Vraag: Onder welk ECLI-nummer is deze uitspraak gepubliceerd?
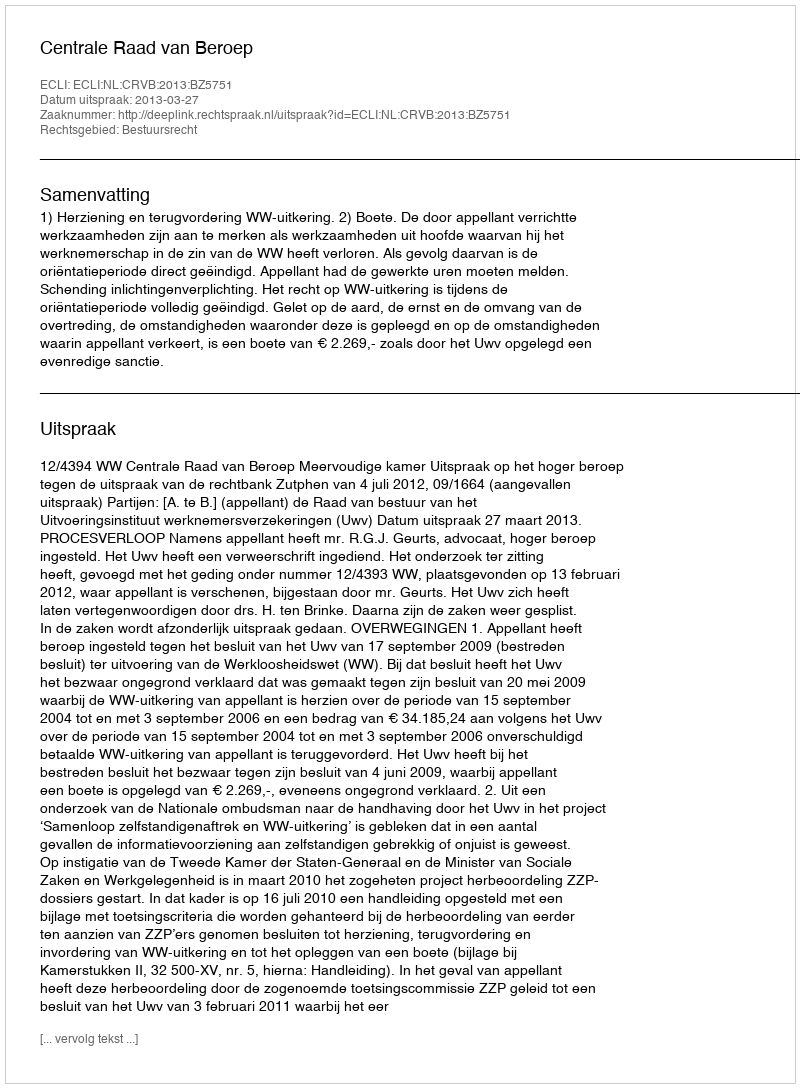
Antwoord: ECLI:NL:CRVB:2013:BZ5751